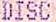
DISC